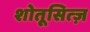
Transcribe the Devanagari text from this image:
शोतूसित्ज़